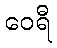
ဝေရီ